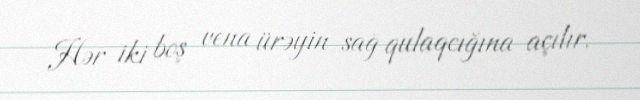
Hər iki boş vena ürəyin sağ qulaqcığına açılır.